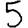
Digit: 5